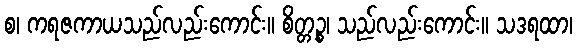
စ၊ ကရဇကာယသည်လည်းကောင်း။ စိတ္တဉ္စ၊ သည်လည်းကောင်း။ သဒရထာ၊